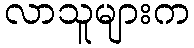
လာသူများက